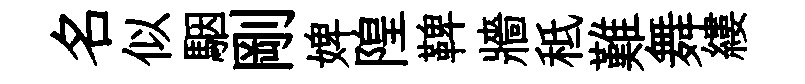
名似駰剛婢隍鞞牆秪難舞縷